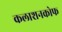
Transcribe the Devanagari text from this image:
कलाशनकोफ